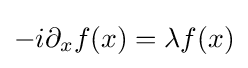
-i\partial _{x}f(x)=\lambda f(x)